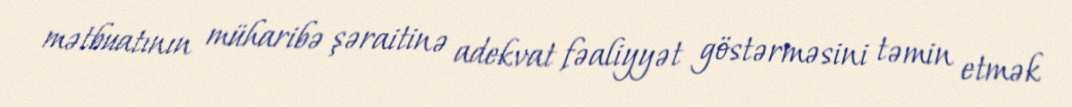
mətbuatının müharibə şəraitinə adekvat fəaliyyət göstərməsini təmin etmək